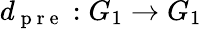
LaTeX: d_{\mathrm{~p~r~e~}}:G_{1}\to G_{1}